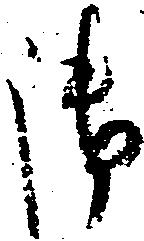
御